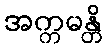
အက္ကမန္တိ